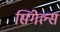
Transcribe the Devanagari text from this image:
सिंगेल्स